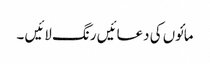
مائوں کی دعائیں رنگ لائیں ۔